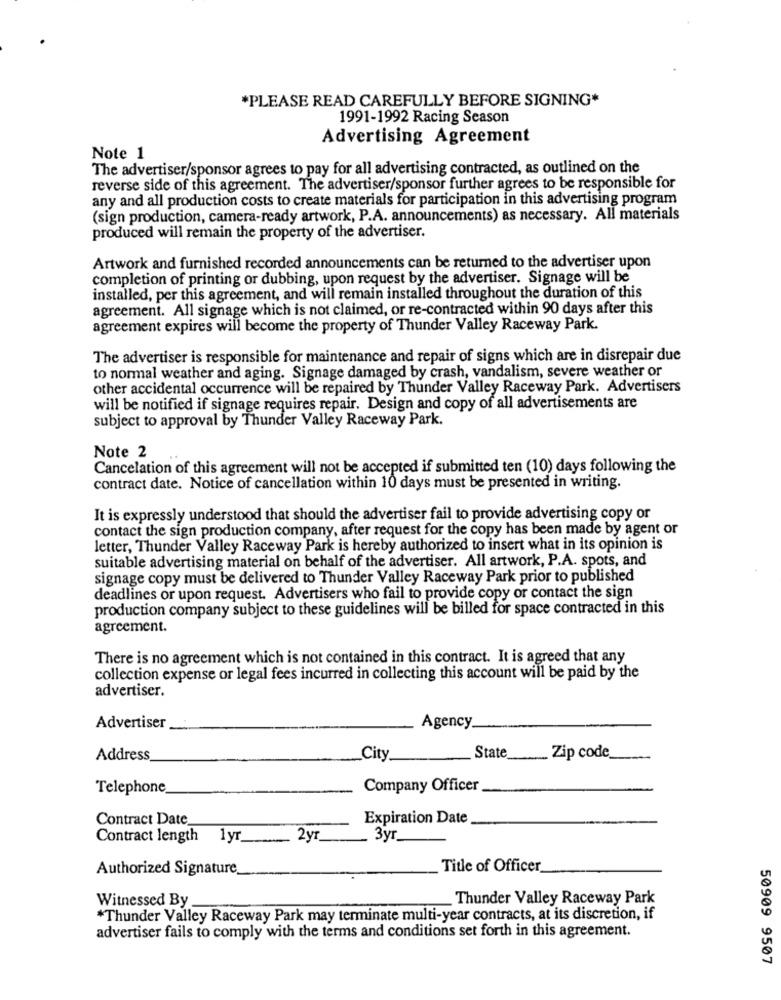
*PLEASE READ CAREFULLY BEFORE SIGNING*
1991-1992 Racing Season
Advertising Agreement
Note 1
The advertiser/sponsor agrees to pay for all advertising contracted, as outlined on the
reverse side of this agreement. The advertiser/sponsor further agrees to be responsible for
any and all production costs to create materials for participation in this advertising program
(sign production, camera-ready artwork, P.A. announcements) as necessary. All materials
produced will remain the property of the advertiser.
Artwork and furnished recorded announcements can be returned to the advertiser upon
completion of printing or dubbing, upon request by the advertiser. Signage will be
installed, per this agreement, and will remain installed throughout the duration of this
agreement. All signage which is not claimed, or re-contracted within 90 days after this
agreement expires will become the property of Thunder Valley Raceway Park.
The advertiser is responsible for maintenance and repair of signs which are in disrepair due
to normal weather and aging. Signage damaged by crash, vandalism, severe weather or
other accidental occurrence will be repaired by Thunder Valley Raceway Park. Advertisers
will be notified if signage requires repair. Design and copy of all advertisements are
subject to approval by Thunder Valley Raceway Park.
Note 2
Cancelation of this agreement will not be accepted if submitted ten (10) days following the
contract date. Notice of cancellation within 10 days must be presented in writing.
It is expressly understood that should the advertiser fail to provide advertising copy or
contact the sign production company, after request for the copy has been made by agent or
letter, Thunder Valley Raceway Park is hereby authorized to insert what in its opinion is
suitable advertising material on behalf of the advertiser. All artwork, P.A. spots, and
signage copy must be delivered to Thunder Valley Raceway Park prior to published
deadlines or upon request. Advertisers who fail to provide copy or contact the sign
production company subject to these guidelines will be billed for space contracted in this
agreement.
There is no agreement which is not contained in this contract. It is agreed that any
collection expense or legal fees incurred in collecting this account will be paid by the
advertiser.
Advertiser
Agency.
Address
_City.
State
Zip code
Telephone
Company Officer
Contract Date
Expiration Date
Contract length 1yr
2yr
3yr_
Authorized Signature
Title of Officer
Witnessed By
_Thunder Valley Raceway Park
*Thunder Valley Raceway Park may terminate multi-year contracts, at its discretion, if
advertiser fails to comply with the terms and conditions set forth in this agreement.
50909 9507